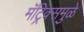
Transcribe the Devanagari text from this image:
मॅट्रिक्समुळे